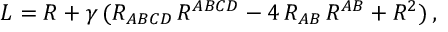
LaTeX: { \cal L } = R + \gamma \, ( R _ { A B C D } \, R ^ { A B C D } - 4 \, R _ { A B } \, R ^ { A B } + R ^ { 2 } ) \, ,